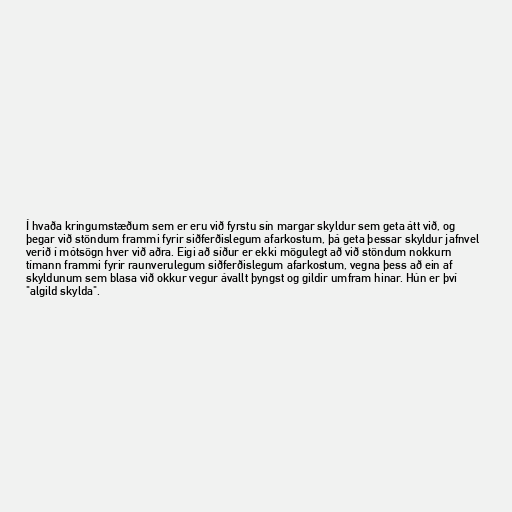
Í hvaða kringumstæðum sem er eru við fyrstu sín margar skyldur sem geta átt við, og
þegar við stöndum frammi fyrir siðferðislegum afarkostum, þá geta þessar skyldur jafnvel
verið í mótsögn hver við aðra. Eigi að síður er ekki mögulegt að við stöndum nokkurn
tímann frammi fyrir raunverulegum siðferðislegum afarkostum, vegna þess að ein af
skyldunum sem blasa við okkur vegur ávallt þyngst og gildir umfram hinar. Hún er því
"algild skylda".